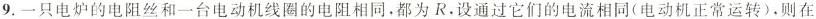
9.一只电炉的电阻丝和一台电动机线圈的电阻相同。都为R。设通过它们的电流相同(电动机正常运转)，则在